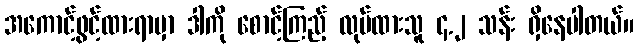
အကောင့်ဖွင့်ထားရာမှာ ဒါကို စောင့်ကြည့် လုပ်ထားသူ ၄.၂ သန်း ရှိနေပါတယ်။